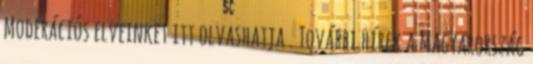
Moderációs elveinket itt olvashatja . További hírek a Magyarország